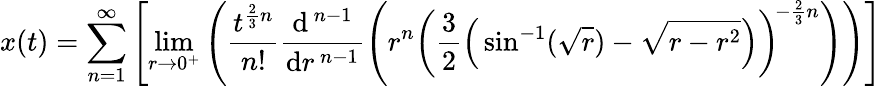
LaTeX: x(t)=\sum_{n=1}^{\infty}\left[\operatorname*{lim}_{r\to 0^{+}}\left({\frac{t^{{\frac{2}{3}}n}}{n!}}{\frac{\mathrm{d}^{\, n-1}}{\mathrm{d}r^{\, n-1}}}\! \left(r^{n}\left({\frac{3}{2}}{\Big(}\sin^{-1}({\sqrt{r}})-{\sqrt{r-r^{2}}}{\Big)}\right)^{\! -{\frac{2}{3}}n}\right)\right)\right]